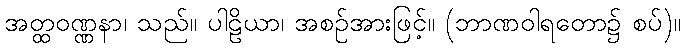
အတ္ထဝဏ္ဏနာ၊ သည်။ ပါဠိယာ၊ အစဉ်အားဖြင့်။ (ဘာဏဝါရတော၌ စပ်)။